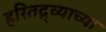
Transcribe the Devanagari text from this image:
हरितद्र्व्याच्या